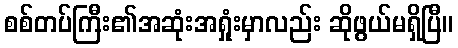
စစ်တပ်ကြီး၏အဆုံးအရှုံးမှာလည်း ဆိုဖွယ်မရှိပြီ။